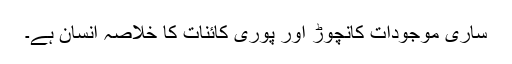
ساری موجودات کانچوڑ اور پوری کائنات کا خلاصہ انسان ہے۔